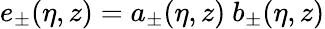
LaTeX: e_{\pm}(\eta,z)=a_{\pm}(\eta,z)~b_{\pm}(\eta,z)